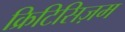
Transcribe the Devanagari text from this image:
क्रिटिसिज़म